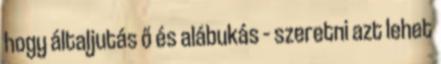
hogy általjutás ő és alábukás – szeretni azt lehet